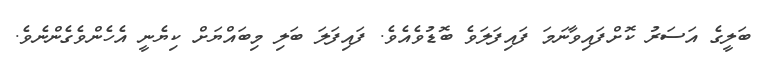
ބަލީގެ އަސަރު ކޮށްފައިވާނަމަ ފައިފަލަވެ ބޮޑުވެއެވެ. ފައިފަލަ ބަލި މިބައްޔަށް ކިޔެނީ އެހެންވެގެންނެވެ.